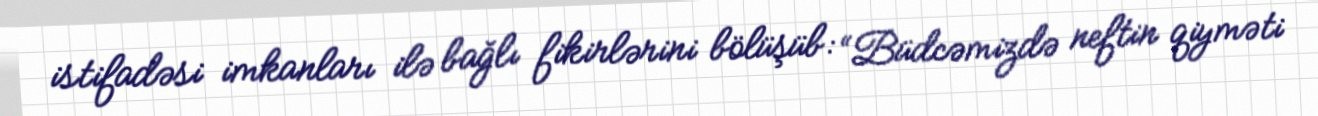
istifadəsi imkanları ilə bağlı fikirlərini bölüşüb: “Büdcəmizdə neftin qiyməti